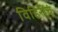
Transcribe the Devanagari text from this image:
विहिरींचं